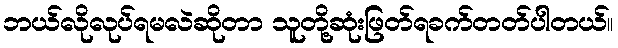
ဘယ်လိုလုပ်ရမလဲဆိုတာ သူတို့ဆုံးဖြတ်ရခက်တတ်ပါတယ်။